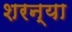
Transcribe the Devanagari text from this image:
शरन्या